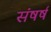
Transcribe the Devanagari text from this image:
संषर्ष